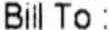
BILL TO :